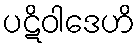
ပဋိဝါဒေဟိ